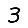
Digit: 3